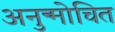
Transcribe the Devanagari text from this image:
अनुन्मोचित